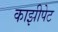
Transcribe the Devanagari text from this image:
काझीपेट